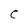
Character: C